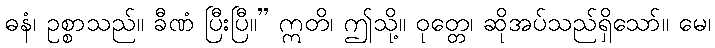
ဓနံ၊ ဥစ္စာသည်။ ခီဏံ ပြီးပြီ။” ဣတိ၊ ဤသို့။ ဝုတ္တေ၊ ဆိုအပ်သည်ရှိသော်။ မေ၊